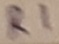
Text: R1